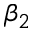
\beta _ { 2 }